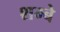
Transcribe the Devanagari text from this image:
शम्बे